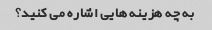
به چه هزینه هایی اشاره می کنید؟